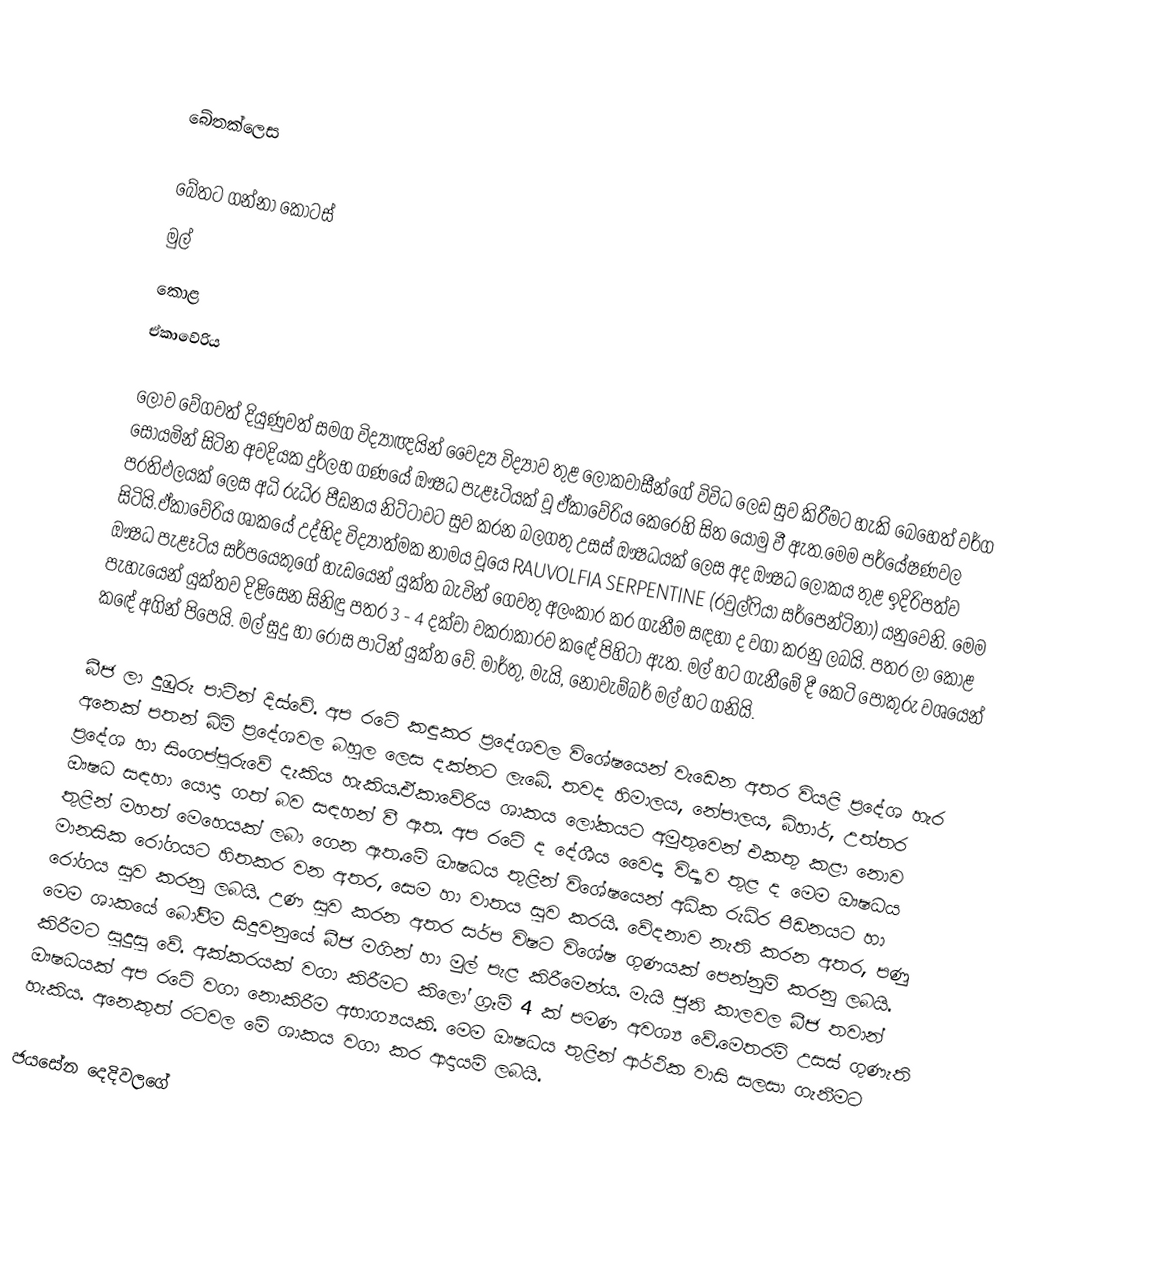

බේතක්ලෙස

බේතට ගන්නා කොටස්
 මුල්
 කොළ
ඒකාවේරිය

ලොව වේගවත් දියුණුවත් සමග විද්‍යාඥයින් වෛද්‍ය විද්‍යාව තුළ ලෝකවාසීන්ගේ විවිධ ලෙඩ සුව කිරීමට හැකි බෙහෙත් වර්ග සොයමින් සිටින අවදියක දුර්ලභ ගණයේ ඖෂධ පැළෑටියක් වූ ඒකාවේරිය කෙරෙහි සිත යොමු වී ඇත.මෙම පර්යේෂණවල ප‍්‍රතිඵලයක් ලෙස අධි රුධිර පීඩනය නිට්ටාවට සුව කරන බලගතු උසස් ඖෂධයක් ලෙස අද ඖෂධ ලෝකය තුළ ඉදිරිපත්ව සිටියි.ඒකාවේරිය ශාකයේ උද්භිද විද්‍යාත්මක නාමය වූයෙ  RAUVOLFIA SERPENTINE (රවුල්ෆියා සර්පෙන්ටිනා) යනුවෙනි. මෙම ඖෂධ පැළෑටිය සර්පයෙකුගේ හැඩයෙන් යුක්ත බැවින් ගෙවතු අලංකාර කර ගැනීම සඳහා ද වගා කරනු ලබයි. පත‍්‍ර ලා කොළ පැහැයෙන් යුක්තව දිළිසෙන සිනිඳු පත‍්‍ර 3 - 4 දක්වා වක‍්‍රාකාරව කඳේ පිහිටා ඇත. මල් හට ගැනීමේ දී කෙටි පොකුරු වශයෙන් කඳේ අගින් පිපෙයි. මල් සුදු හා රොස පාටින් යුක්ත වේ. මාර්තු, මැයි, නොවැම්බර් මල් හට ගනියි.

බීජ ලා දුඹුරු පාටින් දිස්වේ. අප රටේ කඳුකර ප‍්‍රදේශවල විශේෂයෙන් වැඩෙන අතර වියළි ප‍්‍රදේශ හැර අනෙක් පතන් බිම් ප‍්‍රදේශවල බහුල ලෙස දක්නට ලැබේ. තවද හිමාලය, නේපාලය, බිහාර්, උත්තර ප‍්‍රදේශ හා සිංගප්පුරුවේ දැකිය හැකිය.ඒකාවේරිය ශාකය ලෝකයට අමුතුවෙන් එකතු කළා නොව ඖෂධ සඳහා යොදා ගත් බව සඳහන් වී ඇත. අප රටේ ද දේශීය වෛද්‍ය විද්‍යාව තුළ ද මෙම ඖෂධය තුළින් මහත් මෙහෙයක් ලබා ගෙන ඇත.මේ ඖෂධය තුළින් විශේෂයෙන් අධික රුධිර පීඩනයට හා මානසික රෝගයට හිතකර වන අතර, සෙම හා වාතය සුව කරයි. වේදනාව නැති කරන අතර, පණු රෝගය සුව කරනු ලබයි. උණ සුව කරන අතර සර්ප විෂට විශේෂ ගුණයක් පෙන්නුම් කරනු ලබයි. මෙම ශාකයේ බෝවීම සිදුවනුයේ බීජ මගින් හා මුල් පැළ කිරීමෙන්ය. මැයි ජුනි කාලවල බීජ තවාන් කිරීමට සුදුසු වේ. අක්කරයක් වගා කිරීමට කිලෝ ග‍්‍රෑම් 4 ක් පමණ අවශ්‍ය වේ.මෙතරම් උසස් ගුණැති ඖෂධයක් අප රටේ වගා නොකිරීම අභාග්‍යයකි. මෙම ඖෂධය තුළින් ආර්ථික වාසි සලසා ගැනීමට හැකිය. අනෙකුත් රටවල මේ ශාකය වගා කර ආදායම් ලබයි.

ජයසේන දෙදිවලගේ